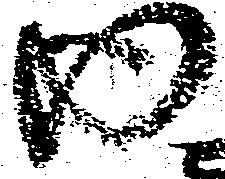
内